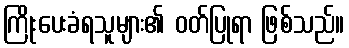
ကြိုးပေးခံရသူများ၏ ဝတ်ပြုရာ ဖြစ်သည်။